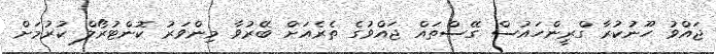
ޖައްވު ހޫނުކުރާ ގްރީންހައުސް ގޭސްތައް ޖައްވުގެ ތެރެއަށް ބޭރުވާ މިންވަރު ކޮންޓުރޯލް ކުރުމަށް